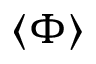
\langle \Phi \rangle